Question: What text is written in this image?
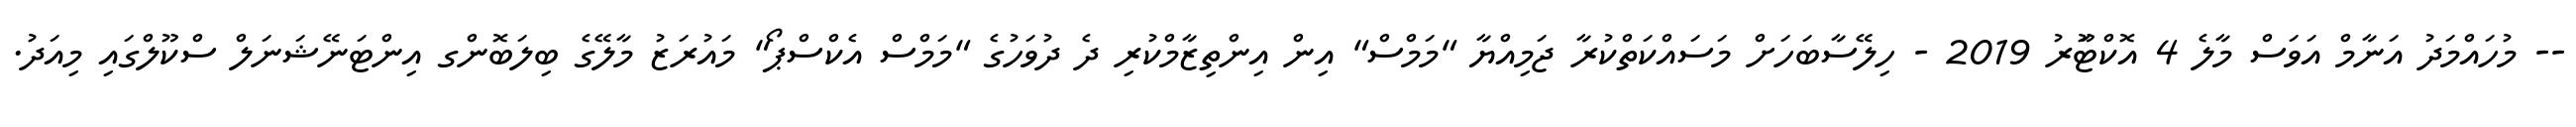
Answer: -- މުހައްމަދު އަނާމް އަވަސް މާލެ 4 އޮކްޓޫަރު 2019 - ހިލޭސާބަހަށް މަސައްކަތްކުރާ ޖަމިއްޔާ "މަމްސް" އިން އިންތިޒާމްކުރި ދެ ދުވަހުގެ "މަމްސް އެކްސްޕޯ" މައުރަޒު މާލޭގެ ބިލަބޮންގ އިންޓަނޭޝަނަލް ސްކޫލްގައި މިއަދު.